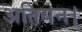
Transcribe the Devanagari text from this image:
अतियन।